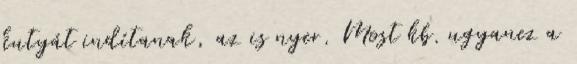
kutyát indítanak, az is nyer. Most kb. ugyanez a